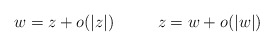
\begin{align*}w=z+o(|z|)\ \ \ \ \ \ \ \ z=w+o(|w|)\end{align*}